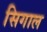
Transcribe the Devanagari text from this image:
सिगाल